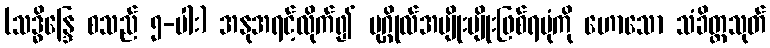
(သဒ္ဓိန္ဒြေ စသည် ၅-ပါး) အနုအရင့်လိုက်၍ ပုဂ္ဂိုလ်အမျိုးမျိုးဖြစ်ရပုံကို ဟောသော သံခိတ္တသုတ်